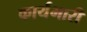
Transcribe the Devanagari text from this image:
कार्यभारी